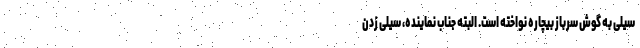
سیلی به گوش سرباز بیچاره نواخته است. البته جناب نماینده، سیلی زدن